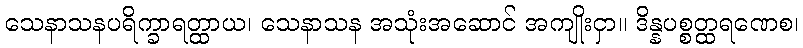
သေနာသနပရိက္ခာရတ္ထာယ၊ သေနာသန အသုံးအဆောင် အကျိုးငှာ။ ဒိန္နပစ္စတ္ထရဏေစ၊